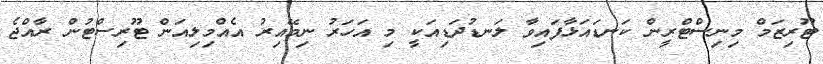
ޓޫރިޒަމް މިނިސްޓްރީން ކަނޑައަޅާފައިވާ ލަނޑުދަޑިއަކީ މި އަހަރު ނިމޭއިރު އެއްމިލިއަން ޓޫރިސްޓުން ރާއްޖެ